Vaccination in Bombay 1856-1862 - 1856-1862
Year: 1856
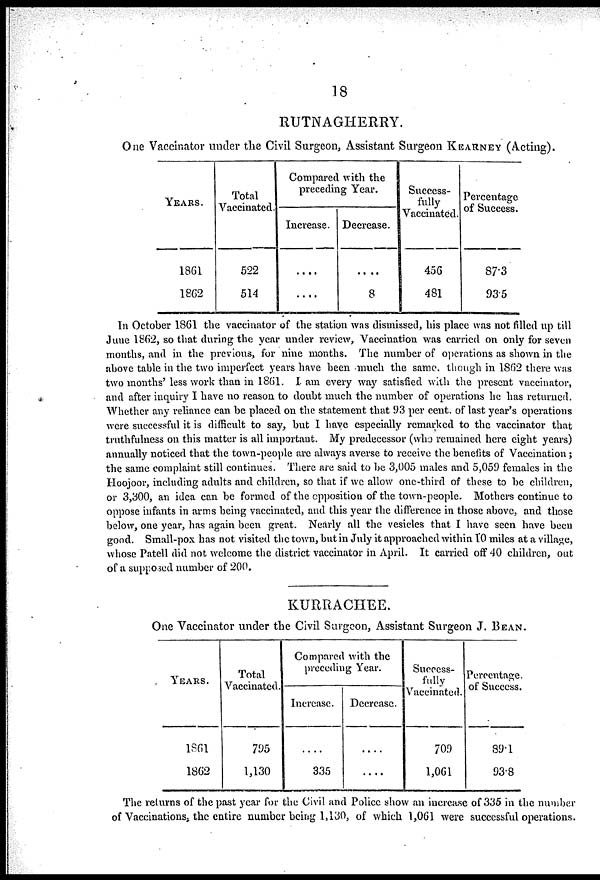
18
RUTNAGHERRY.
One Vaccinator under the Civil Surgeon, Assistant Surgeon KEARNEY (Acting).
YEARS.
1861
1862
Total
Vaccinated.
522
514
Compared with the
preceding Year.
Increase.
....
....
Decrease.
....
8
Success-
fully
Vaccinated.
456
481
Percentage
of Success.
87.3
93.5
In October 1861 the vaccinator of the station was dismissed, his place was not filled up till
June 1862, so that during the year under review, Vaccination was carried on only for seven
months, and in the previous, for nine months. The number of operations as shown in the
above table in the two imperfect years have been much the same, though in 1862 there was
two months' less work than in 1861. I am every way satisfied with the present vaccinator,
and after inquiry I have no reason to doubt much the number of operations he has returned.
Whether any reliance can be placed on the statement that 93 per cent. of last year's operations
were successful it is difficult to say, but I have especially remarked to the vaccinator that
truthfulness on this matter is all important. My predecessor (who remained here eight years)
annually noticed that the town-people are always averse to receive the benefits of Vaccination;
the same complaint still continues. There are said to be 3,005 males and 5,059 females in the
Hoojoor, including adults and children, so that if we allow one-third of these to be children,
or 3,300, an idea can be formed of the opposition of the town-people. Mothers continue to
oppose infants in arms being vaccinated, and this year the difference in those above, and those
below, one year, has again been great. Nearly all the vesicles that I have seen have been
good. Small-pox has not visited the town, but in July it approached within 10 miles at a village,
whose Patell did not welcome the district vaccinator in April. It carried off 40 children, out
of a supposed number of 200.
KURRACHEE.
One Vaccinator under the Civil Surgeon, Assistant Surgeon J. BEAN.
YEARS.
1861
1862
Total
Vaccinated.
795
1,130
Compared with the
preceding Year.
Increase.
....
335
Decrease.
....
....
Success¬
fully
Vaccinated.
709
1,061
Percentage
of Success.
89.1
93.8
The returns of the past year for the Civil and Police show an increase of 335 in the number
of Vaccinations, the entire number being 1,130, of which 1,061 were successful operations.